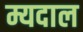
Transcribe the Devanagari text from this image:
म्यदाल